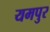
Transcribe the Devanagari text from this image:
यमपुर